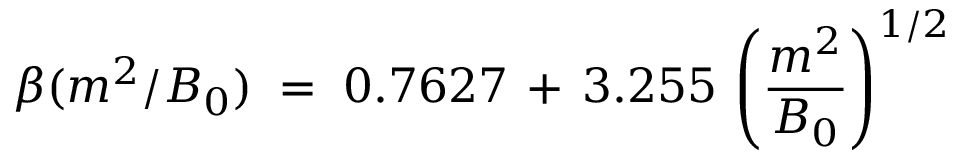
\beta ( m ^ { 2 } / B _ { 0 } ) \; = \; 0 . 7 6 2 7 \, + \, 3 . 2 5 5 \, \left( \frac { m ^ { 2 } } { B _ { 0 } } \right) ^ { 1 / 2 }